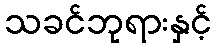
သခင်ဘုရားနှင့်